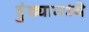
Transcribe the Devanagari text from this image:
हुंड्यामध्ये